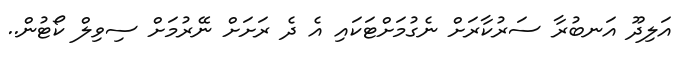
އަލިދޫ އަނބުރާ ސަރުކާރަށް ނެގުމަށްޓަކައި އެ ދެ ރަށަށް ނޭރުމަށް ސިވިލް ކޯޓުން..